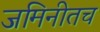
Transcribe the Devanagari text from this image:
जमिनीतच